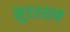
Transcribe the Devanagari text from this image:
सुदरशन